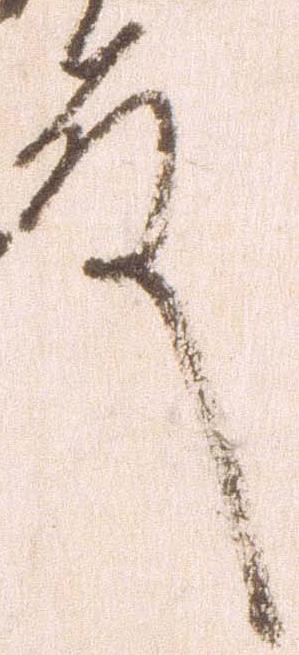
殿